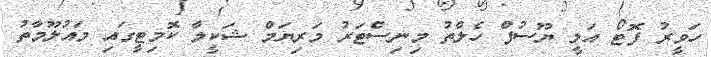
ހަވީރު ފޮޓޯ އަލީ ޔޫސުފް ހެލްތު މިނިސްޓަރު މަރިޔަމް ޝަކީލާ ކޮމިޓީގައި މައުލޫމާތު